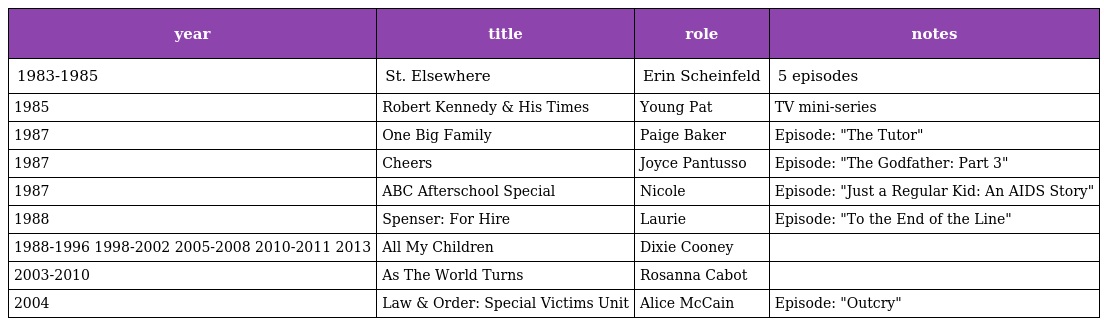
| year | title | role | notes |
 | --- | --- | --- | --- |
 | 1983-1985 | St. Elsewhere | Erin Scheinfeld | 5 episodes |
 | 1985 | Robert Kennedy & His Times | Young Pat | TV mini-series |
 | 1987 | One Big Family | Paige Baker | Episode: "The Tutor" |
 | 1987 | Cheers | Joyce Pantusso | Episode: "The Godfather: Part 3" |
 | 1987 | ABC Afterschool Special | Nicole | Episode: "Just a Regular Kid: An AIDS Story" |
 | 1988 | Spenser: For Hire | Laurie | Episode: "To the End of the Line" |
 | 1988-1996 1998-2002 2005-2008 2010-2011 2013 | All My Children | Dixie Cooney |  |
 | 2003-2010 | As The World Turns | Rosanna Cabot |  |
 | 2004 | Law & Order: Special Victims Unit | Alice McCain | Episode: "Outcry" |